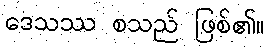
ဒေသဿ စသည် ဖြစ်၏။